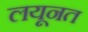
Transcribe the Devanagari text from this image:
लयूनत